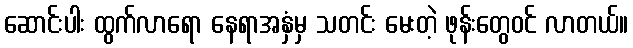
ဆောင်းပါး ထွက်လာရော နေရာအနှံမှ သတင်း မေးတဲ့ ဖုန်းတွေဝင် လာတယ်။